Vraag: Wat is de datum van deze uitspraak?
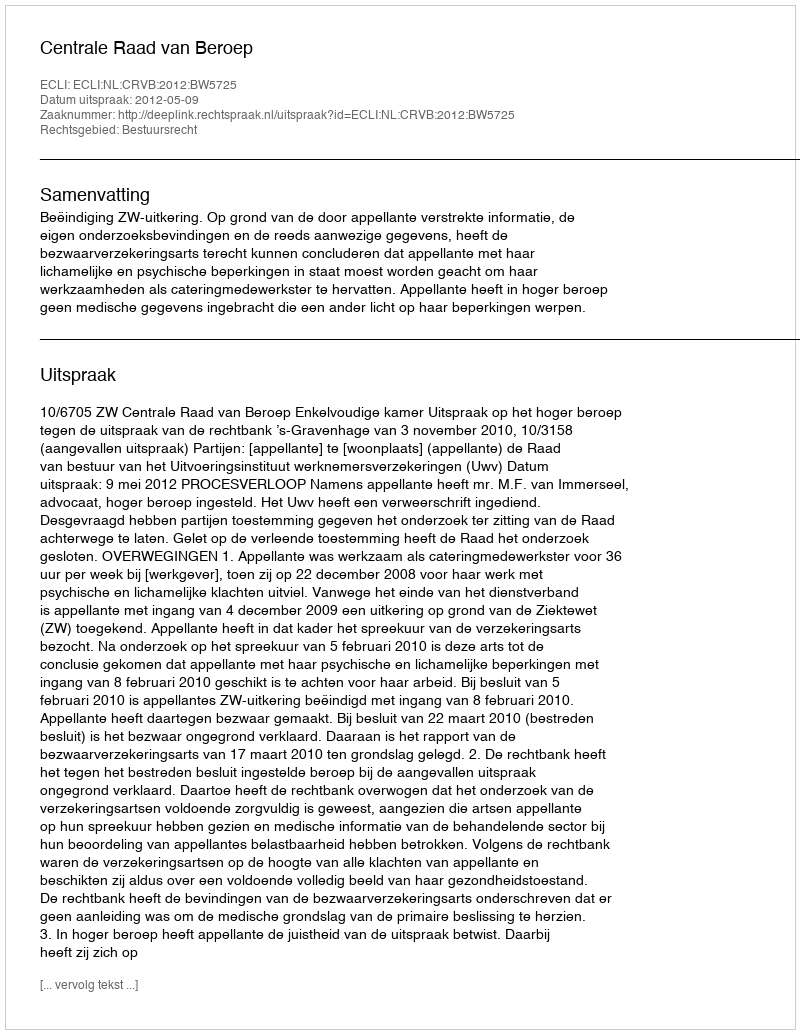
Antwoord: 2012-05-09